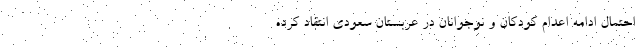
احتمال ادامه اعدام کودکان و نوجوانان در عربستان سعودی انتقاد کرده